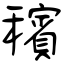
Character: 穦